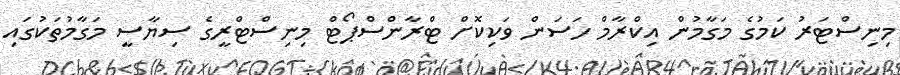
މިނިސްޓަރު ކަމުގެ މަގާމުން އިކްރާމް ހަސަން ވަކިކޮށް ޓްރާންސްޕޯޓް މިނިސްޓްރީގެ ސިޔާސީ މަގާމުތަކުގައި